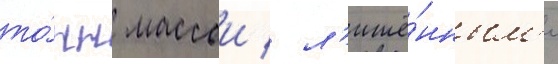
то́нн массои / л'ишё́нным'и